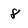
Character: 8